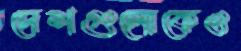
দেশগুলোকেও